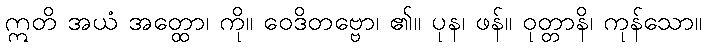
ဣတိ အယံ အတ္ထော၊ ကို။ ဝေဒိတဗ္ဗော၊ ၏။ ပုန၊ ဖန်။ ဝုတ္တာနိ၊ ကုန်သော။